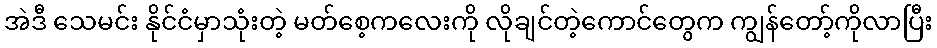
အဲဒီ သေမင်း နိုင်ငံမှာသုံးတဲ့ မတ်စေ့ကလေးကို လိုချင်တဲ့ကောင်တွေက ကျွန်တော့်ကိုလာပြီး